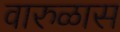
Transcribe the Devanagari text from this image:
वारुळास